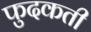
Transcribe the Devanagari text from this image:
फुदकती